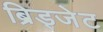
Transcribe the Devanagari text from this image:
ब्रिड्जेट